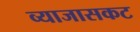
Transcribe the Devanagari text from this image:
व्याजासकट